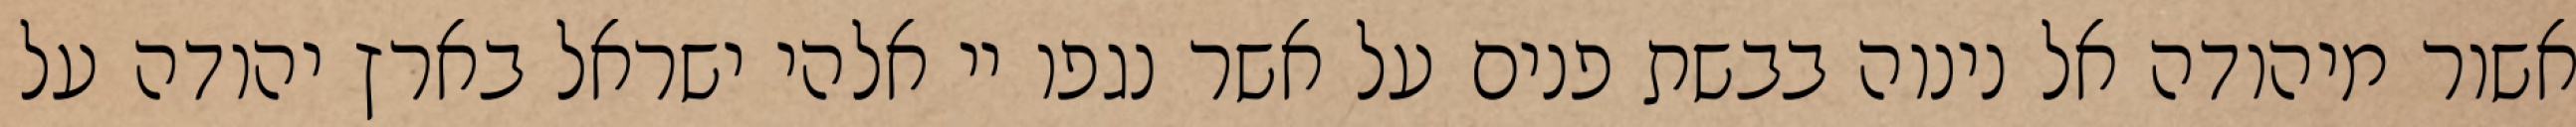
אשור מיהודה אל נינוה בבשת פנים על אשר נגפו יי אלהי ישראל בארץ יהודה על